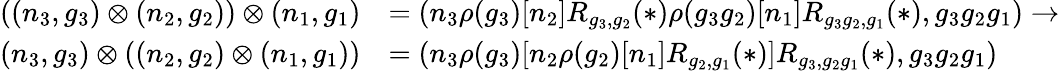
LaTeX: \begin{array}{rl}{((n_{3},g_{3})\otimes(n_{2},g_{2}))\otimes(n_{1},g_{1})}&{=(n_{3}\rho(g_{3})[n_{2}]R_{g_{3},g_{2}}(*)\rho(g_{3}g_{2})[n_{1}]R_{g_{3}g_{2},g_{1}}(*),g_{3}g_{2}g_{1})\to}\\ {(n_{3},g_{3})\otimes((n_{2},g_{2})\otimes(n_{1},g_{1}))}&{=(n_{3}\rho(g_{3})[n_{2}\rho(g_{2})[n_{1}]R_{g_{2},g_{1}}(*)]R_{g_{3},g_{2}g_{1}}(*),g_{3}g_{2}g_{1})}\end{array}